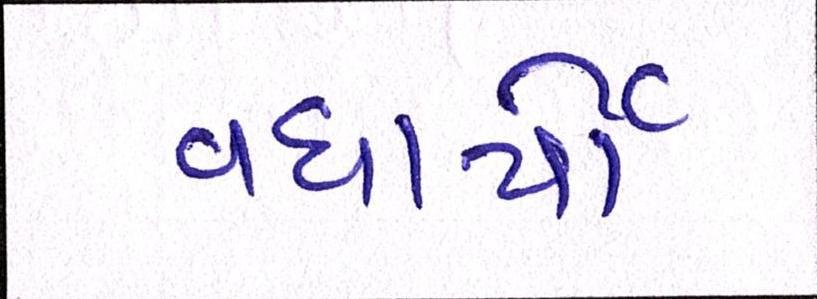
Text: વધાર્યો